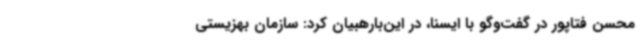
محسن فتاپور در گفت‌وگو با ایسنا، در این‌بارهبیان کرد: سازمان بهزیستی